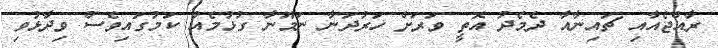
ރާއްޖެއާއި ޗައިނާއާ ދެމެދު އޮތީ ވަރަށް ހަރުދަނާ ނަމޫނާ ގުޅުމެއް ކަމުގައިވެސް ވިދާޅުވި